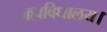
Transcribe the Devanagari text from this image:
महाविधालय।